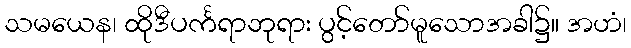
သမယေန၊ ထိုဒီပင်္ကရာဘုရား ပွင့်တော်မူသောအခါ၌။ အဟံ၊